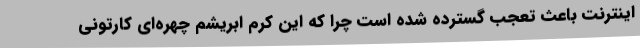
اینترنت باعث تعجب گسترده شده است چرا که این کرم ابریشم چهره‌ای کارتونی